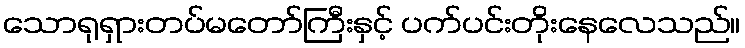
သောရုရှားတပ်မတော်ကြီးနှင့် ပက်ပင်းတိုးနေလေသည်။